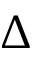
\Delta